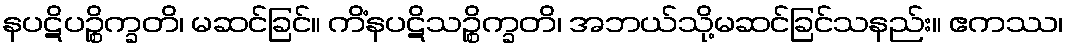
နပဋိပဉ္စိက္ခတိ၊ မဆင်ခြင်။ ကိံနပဋိသဉ္စိက္ခတိ၊ အဘယ်သို့မဆင်ခြင်သနည်း။ ဧကဿ၊